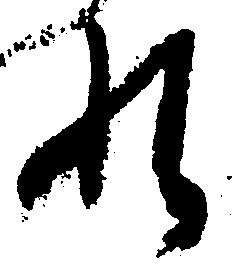
れ